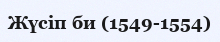
Жүсіп би (1549-1554)